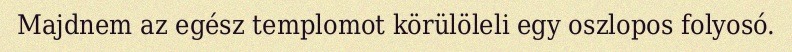
Majdnem az egész templomot körülöleli egy oszlopos folyosó.